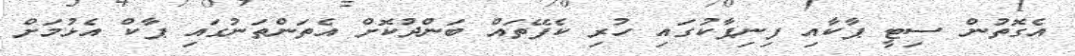
އެގޮތުން ސިޓީ ޕާކާއި ފިނިޕާކުގައި ހުރި ކެފޭތައް ބަންދުކޮށް އެތަންތަނުގައި ޕާކް އެޅުމަށް